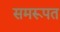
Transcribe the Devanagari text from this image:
समरूपत